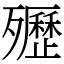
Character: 㱹